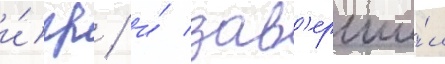
и́гр / и́ зав'ерши́л